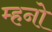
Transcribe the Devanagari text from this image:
म्हनो